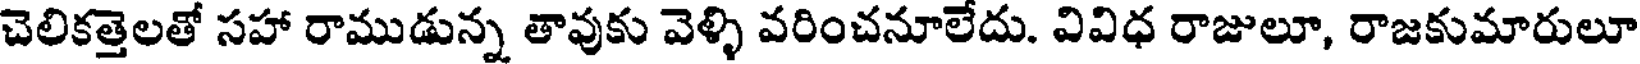
చెలికత్తెలతో సహా రాముడున్న తావుకు వెళ్ళి వరించనూలేదు. వివిధ రాజులూ, రాజకుమారులూ